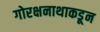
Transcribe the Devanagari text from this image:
गोरक्षनाथाकडून